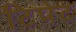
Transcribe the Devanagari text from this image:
टिपेट